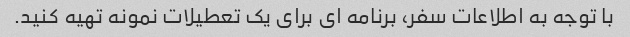
با توجه به اطلاعات سفر، برنامه ای برای یک تعطیلات نمونه تهیه کنید.